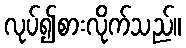
လုပ်၍စားလိုက်သည်။